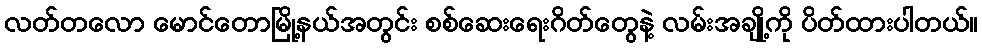
လတ်တလော မောင်တောမြို့နယ်အတွင်း စစ်ဆေးရေးဂိတ်တွေနဲ့ လမ်းအချို့ကို ပိတ်ထားပါတယ်။